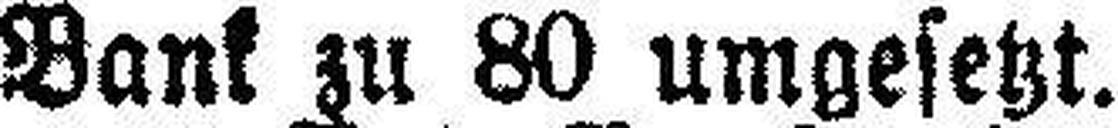
Bank zu 80 umgesetzt.